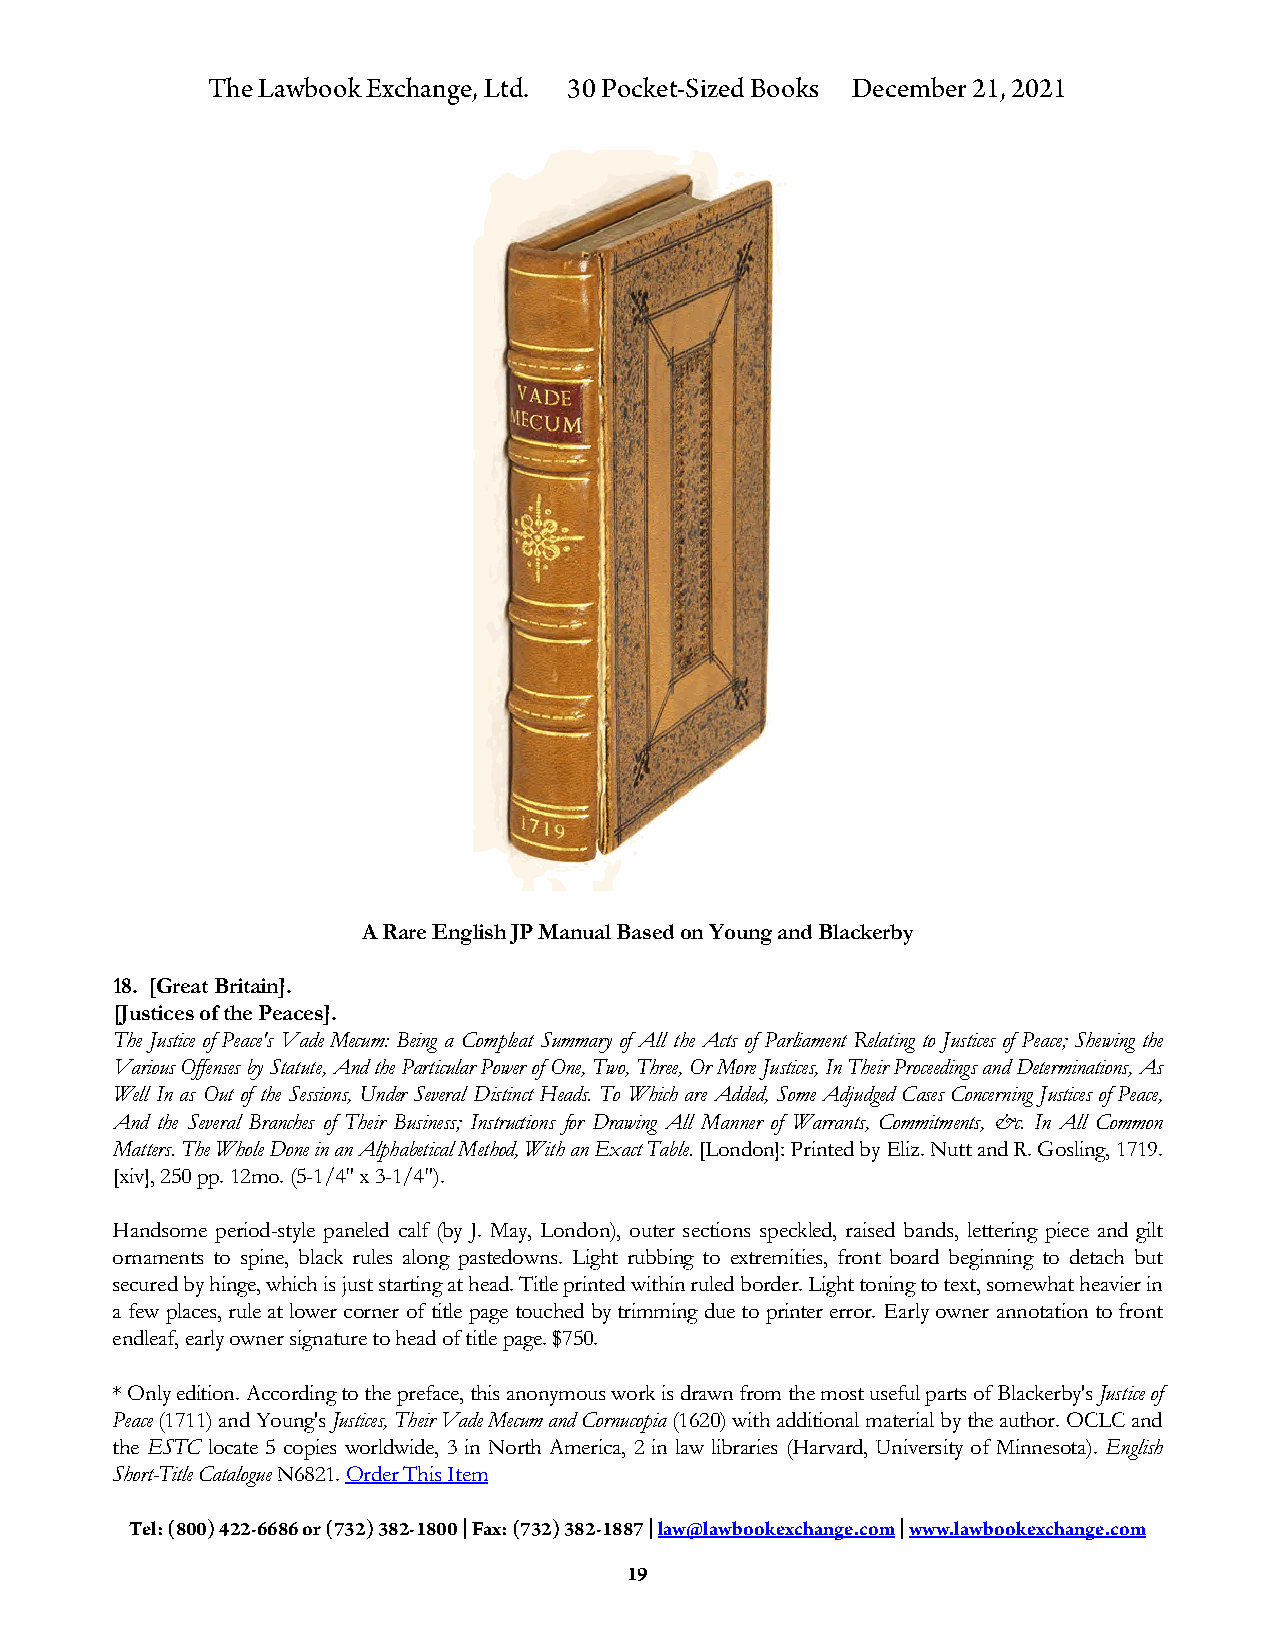
The Lawbook Exchange, Ltd. 30 Pocket-Sized Books December 21, 2021
 A Rare English JP Manual Based on Young and Blackerby
 18. [Great Britain].
 [Justices of the Peaces].
 The Justice of Peace's Vade Mecum: Being a Compleat Summary of All the Acts of Parliament Relating to Justices of Peace; Shewing the
 Various Offenses by Statute, And the Particular Power of One, Two, Three, Or More Justices, In Their Proceedings and Determinations, As
 Well In as Out of the Sessions, Under Several Distinct Heads. To Which are Added, Some Adjudged Cases Concerning Justices of Peace,
 And the Several Branches of Their Business; Instructions for Drawing All Manner of Warrants, Commitments, &c. In All Common
 Matters. The Whole Done in an Alphabetical Method, With an Exact Table. [London]: Printed by Eliz. Nutt and R. Gosling, 1719.
 [xiv], 250 pp. 12mo. (5-1/4" x 3-1/4").
 Handsome period-style paneled calf (by J. May, London), outer sections speckled, raised bands, lettering piece and gilt
 ornaments to spine, black rules along pastedowns. Light rubbing to extremities, front board beginning to detach but
 secured by hinge, which is just starting at head. Title printed within ruled border. Light toning to text, somewhat heavier in
 a few places, rule at lower corner of title page touched by trimming due to printer error. Early owner annotation to front
 endleaf, early owner signature to head of title page. $750.
 * Only edition. According to the preface, this anonymous work is drawn from the most useful parts of Blackerby's Justice of
 Peace (1711) and Young's Justices, Their Vade Mecum and Cornucopia (1620) with additional material by the author. OCLC and
 the ESTC locate 5 copies worldwide, 3 in North America, 2 in law libraries (Harvard, University of Minnesota). English
 Short-Title Catalogue N6821. Order This Item
 Tel: (800) 422-6686 or (732) 382-1800 | Fax: (732) 382-1887 | law@lawbookexchange.com | www.lawbookexchange.com
 19